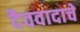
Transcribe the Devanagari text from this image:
दैववादाचे